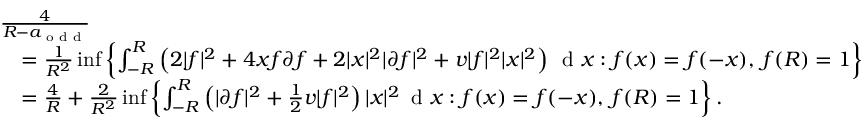
\begin{array} { r l } & { \frac { 4 } { R - a _ { \textnormal { o d d } } } } \\ & { \quad = \frac { 1 } { R ^ { 2 } } \operatorname* { i n f } \left\{ \int _ { - R } ^ { R } \left( 2 | f | ^ { 2 } + 4 x f \partial f + 2 | x | ^ { 2 } | \partial f | ^ { 2 } + v | f | ^ { 2 } | x | ^ { 2 } \right) \, \textnormal { d } x : f ( x ) = f ( - x ) , \, f ( R ) = 1 \right\} } \\ & { \quad = \frac { 4 } { R } + \frac { 2 } { R ^ { 2 } } \operatorname* { i n f } \left\{ \int _ { - R } ^ { R } \left( | \partial f | ^ { 2 } + \frac { 1 } { 2 } v | f | ^ { 2 } \right) | x | ^ { 2 } \, \textnormal { d } x : f ( x ) = f ( - x ) , \, f ( R ) = 1 \right\} . } \end{array}